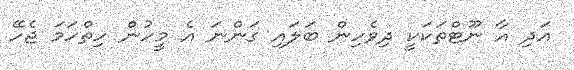
އަދި އާ ނޫޓްތަކަކީ ދިވެހިން ބަލައި ގަންނަ އެ މީހުން ހިތްހަމަ ޖެހޭ